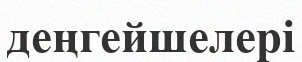
деңгейшелері